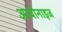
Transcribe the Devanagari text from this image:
आयोनाइज